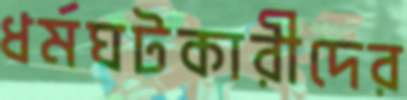
ধর্মঘটকারীদের